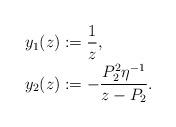
LaTeX: \begin{align*} y_1(z) &:= \frac{1}{z} , \\ y_2(z) &:= - \frac{P_2^2 \eta^{-1}}{z-P_2}. \end{align*}